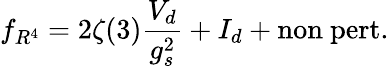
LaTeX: f_{R^{4}}=2\zeta(3)\frac{V_{d}}{g_{s}^{2}}+I_{d}+\mathrm{non~pert.}